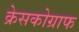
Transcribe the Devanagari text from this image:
क्रेसकोग्राफ